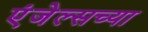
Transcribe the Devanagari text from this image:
एंजेल्सच्या